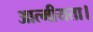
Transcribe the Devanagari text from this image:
आत्मीयता।